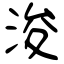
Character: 浚